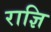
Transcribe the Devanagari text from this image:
राज्ञि